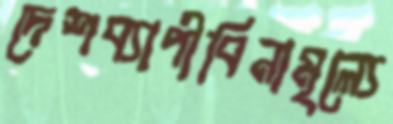
দেশব্যাপীবিনামূল্যে